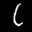
Label: 6